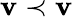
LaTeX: \mathbf{v}\prec\mathbf{v}